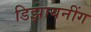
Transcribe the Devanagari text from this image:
डिझायनींग